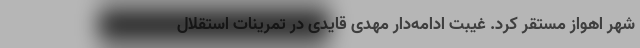
شهر اهواز مستقر کرد. غیبت ادامه‌دار مهدی قایدی در تمرینات استقلال